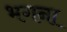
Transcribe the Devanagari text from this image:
भगना